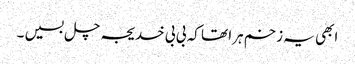
ابھی یہ زخم ہرا تھا کہ بی بی خدیجہ چل بسیں ۔